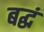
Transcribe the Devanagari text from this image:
बद्धं